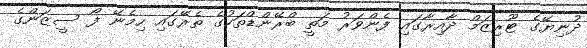
ދުނިޔޭގެ ޓޫރިޒަމް ދާއިރާގައި ފެންވަރު މަތީ ބްރޭންޑްތަކުގެ ތެރޭގައި ހިމެނޭ ފޯ ސީޒަންގެ